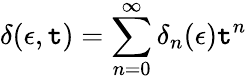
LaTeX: \delta(\epsilon,\mathtt{t})=\sum_{n=0}^{\infty}\delta_{n}(\epsilon)\mathtt{t}^{n}